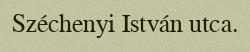
Széchenyi István utca.